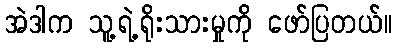
အဲဒါက သူ့ရဲ့ရိုးသားမှုကို ဖော်ပြတယ်။